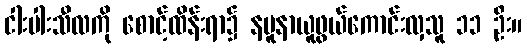
ငါးပါးသီလကို စောင့်ထိန်းရာ၌ နမူနာယူဖွယ်ကောင်းလှသူ ၁၁ ဦး။